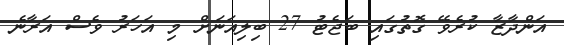
އަންދާޒާ ކުރެވޭ ގޮތުގައި ބަޖެޓު 27 ބިލިއަނަށް މި އަހަރު ވެސް އަރާނެ